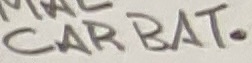
Text: CAR BAT.